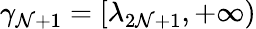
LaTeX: \gamma_{\mathcal{N}+1}=[\lambda_{2\mathcal{N}+1},+\infty)